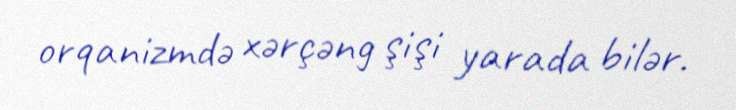
orqanizmdə xərçəng şişi yarada bilər.